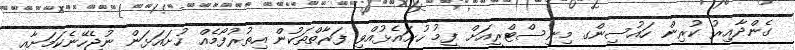
ގެންދާއިރު ކުރިން ހައުސިންގ މިނިސްޓްރީއަށް ފީމު ހުށައެޅުއްވި ފަރާތްތަކުން އިތުރުފޯމެއް ހުށައަޅަން ނުޖެހޭނެކަމަށާއި